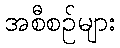
အစီစဉ်များ